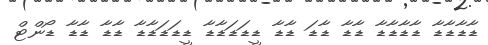
ޑާޑާޑާޑާ ޑާޑާޑާޑާ ޑާޑާ ޑާޑަ ޑާޑާ ޑީޑަޑަޑާޑާ ޑީޑަޑަޑާޑާ ޑާޑާ ޑާޑާ ޑޯންޓް